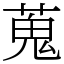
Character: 蒐